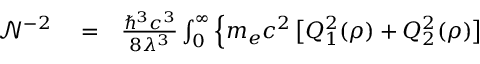
\begin{array} { r l r } { \mathcal { N } ^ { - 2 } } & { { } = } & { \frac { \hbar ^ { 3 } c ^ { 3 } } { 8 \lambda ^ { 3 } } \int _ { 0 } ^ { \infty } \Big \{ m _ { e } c ^ { 2 } \, \big [ Q _ { 1 } ^ { 2 } ( \rho ) + Q _ { 2 } ^ { 2 } ( \rho ) \big ] } \end{array}